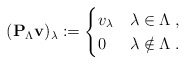
\begin{align*}(\mathbf{P}_\Lambda \mathbf{v})_\lambda :=\begin{cases}v_\lambda & \lambda\in\Lambda \;, \\0 & \lambda\notin\Lambda \;.\end{cases}\end{align*}